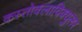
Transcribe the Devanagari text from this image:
कस्तोक्लाविक्युलर